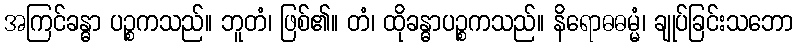
အကြင်ခန္ဓာ ပဉ္စကသည်။ ဘူတံ၊ ဖြစ်၏။ တံ၊ ထိုခန္ဓာပဉ္စကသည်။ နိရောဓဓမ္မံ၊ ချုပ်ခြင်းသဘော